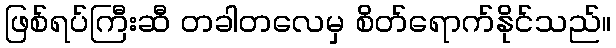
ဖြစ်ရပ်ကြီးဆီ တခါတလေမှ စိတ်ရောက်နိုင်သည်။